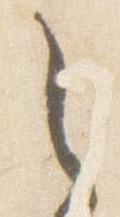
之